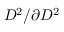
D ^ { 2 } / \partial { D ^ { 2 } }